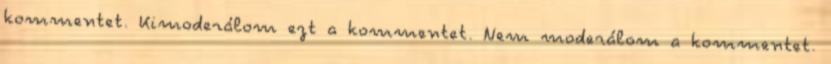
kommentet. Kimoderálom ezt a kommentet. Nem moderálom a kommentet.